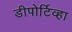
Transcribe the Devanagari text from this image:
डीपोर्टिव्हा